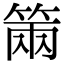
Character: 𥮩